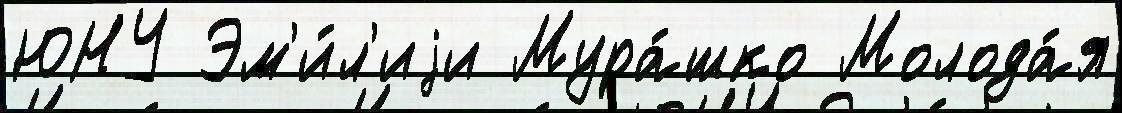
ЮНУ Эм'и́л'иjи Мура́шко Молода́я